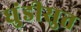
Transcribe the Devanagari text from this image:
धुंडीसुत